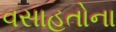
વસાહતોના